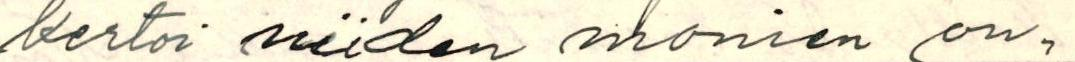
Kertoi niiden monien on ,